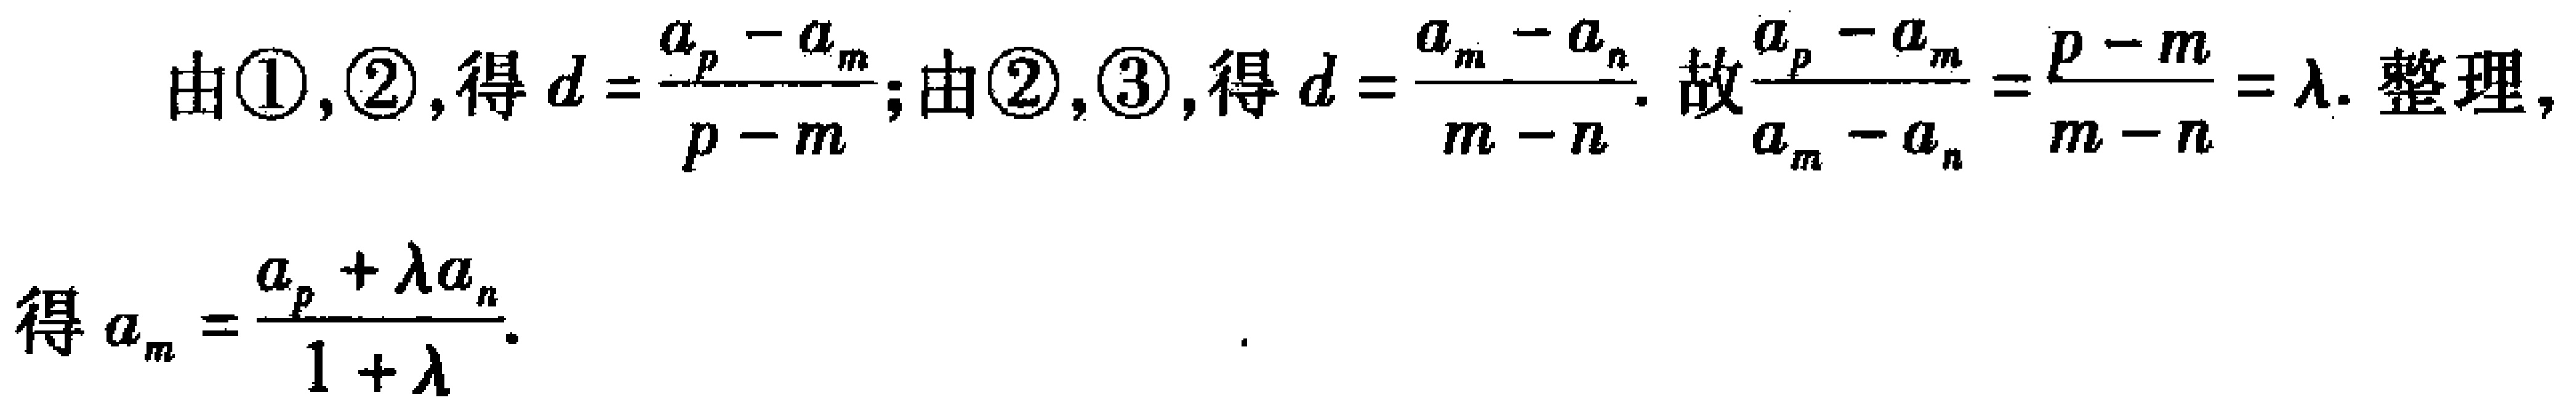
由\textcircled{1},\textcircled{2},得\(d = \frac{a_{p}-a_{m}}{p - m}\);由\textcircled{2},\textcircled{3},得\(d = \frac{a_{m}-a_{n}}{m - n}\). 故\(\frac{a_{p}-a_{m}}{a_{m}-a_{n}}=\frac{p - m}{m - n}=\lambda\). 整理, 得\(a_{m}=\frac{a_{p}+\lambda a_{n}}{1+\lambda}\).